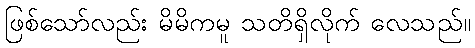
ဖြစ်သော်လည်း မိမိကမူ သတိရှိလိုက် လေသည်။